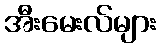
အီးမေးလ်များ